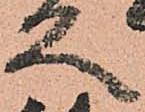
久